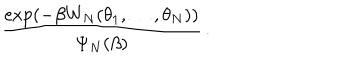
LaTeX: { \frac { \exp \left( - \beta W _ { N } ( \theta _ { 1 } , \ldots , \theta _ { N } ) \right) } { \Psi _ { N } ( \beta ) } } \, .